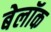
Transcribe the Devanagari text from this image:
बेलॉक